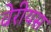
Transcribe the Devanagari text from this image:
वेरीयस